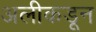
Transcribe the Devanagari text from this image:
अलीकडून